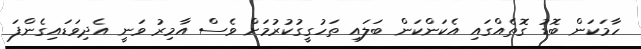
ހާމަކަން ބޮޑު ގޮތެއްގައި އެކަންކަން ބަލައި ތަހުގީގުކުރުމަށް ވެސް އާމިރު ވަނީ އެދިވަޑައިގެންފަ